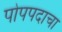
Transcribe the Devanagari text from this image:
पोपपदाचा